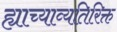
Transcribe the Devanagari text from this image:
ह्याच्याव्यतिरिक्त